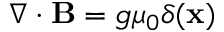
\nabla \cdot { \bf B } = g { \mu } _ { 0 } \delta ( { \bf x } )